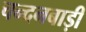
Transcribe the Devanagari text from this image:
चन्दनबाड़ी